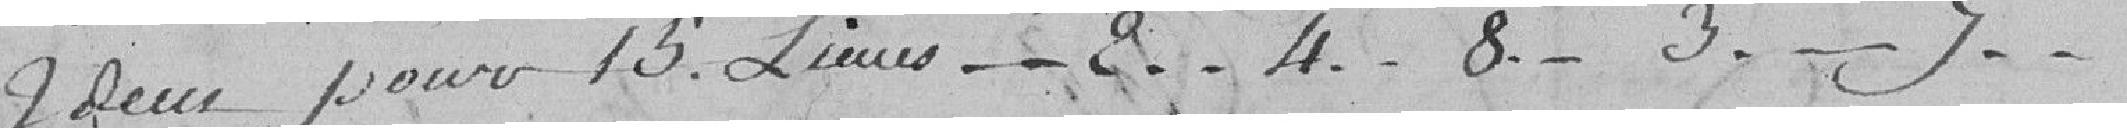
Idem pour 15 lieues....2..4..8...3...7...